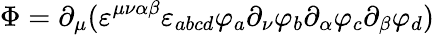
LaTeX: \Phi=\partial_{\mu}(\varepsilon^{\mu\nu\alpha\beta}\varepsilon_{abcd}\varphi_{a}\partial_{\nu}\varphi_{b}\partial_{\alpha}\varphi_{c}\partial_{\beta}\varphi_{d})